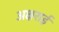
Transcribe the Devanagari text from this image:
अक्षराई